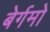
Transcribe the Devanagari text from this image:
बेर्गमो